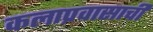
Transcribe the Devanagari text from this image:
कलाप्रवासाची